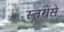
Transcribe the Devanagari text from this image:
स्तरोंसे